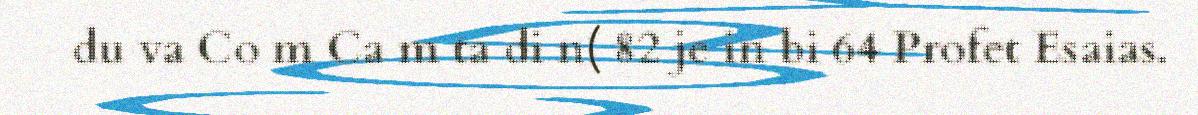
du va Co m Ca m ta di n( 82 je in bi 64 Profet Esaias.